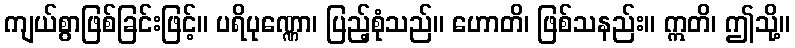
ကျယ်စွာဖြစ်ခြင်းဖြင့်။ ပရိပုဏ္ဏော၊ ပြည့်စုံသည်။ ဟောတိ၊ ဖြစ်သနည်း။ ဣတိ၊ ဤသို့။